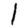
Digit: 1